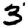
Digit: 3